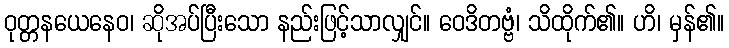
ဝုတ္တနယေနေဝ၊ ဆိုအပ်ပြီးသော နည်းဖြင့်သာလျှင်။ ဝေဒိတဗ္ဗံ၊ သိထိုက်၏။ ဟိ၊ မှန်၏။